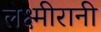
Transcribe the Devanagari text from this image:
लक्ष्मीरानी